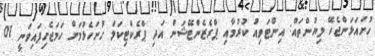
ހުށައަޅަންޖެހޭ ލިޔުންތައް: އިންޓަވިއު ކުރުމާއި ޕްރެޒެންޓޭޝަން އަދި ޕްރެކްޓިކަލް ހުށަހެޅުމަށް ހަމަޖެހިފައިވަނީ 01